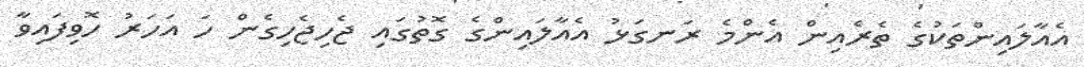
އެއާލައިންތަކުގެ ތެރެއިން އެންމެ ރަނގަޅު އެއާލައިންގެ ގޮތުގައި ޖެހިޖެހިގެން ހަ އަހަރު ހޮވިފައިވާ